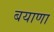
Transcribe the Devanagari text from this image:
बयाणा